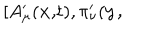
\lbrack A _ { \mu } ^ { \prime } ( \mathbf { x , } t ) , \pi _ { \nu } ^ { \prime } ( \mathbf { y , }